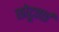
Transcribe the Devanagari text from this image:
छोटूताई